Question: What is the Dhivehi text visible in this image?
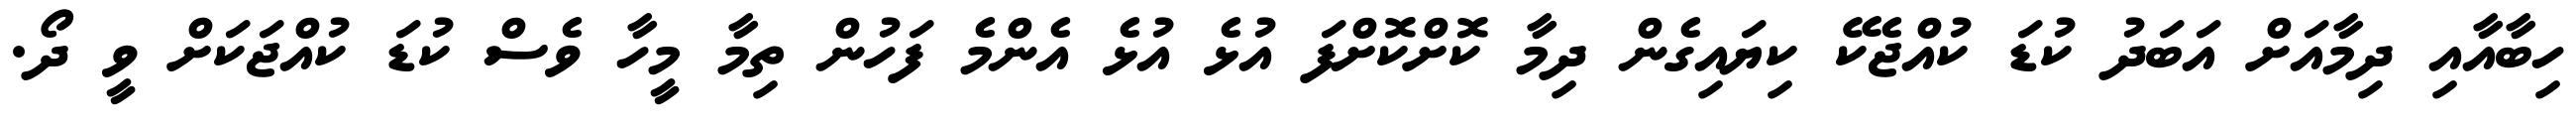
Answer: ހިބާއާއި ދިމާއަށް އަބަދު ކުޑަ ކުއްޖެކޭ ކިޔައިގެން ދިމާ ކޮށްކޮށްފަ އުޅެ އުޅެ އެންމެ ފަހުން ތިމާ މީހާ ވެސް ކުޑަ ކުއްޖަކަށް ވީ ދޯ.